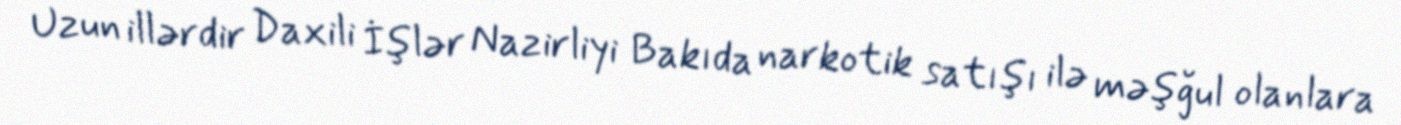
Uzun illərdir Daxili İşlər Nazirliyi Bakıda narkotik satışı ilə məşğul olanlara